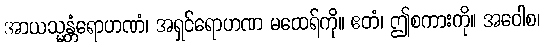
အာယသ္မန္တံရောဟဏံ၊ အရှင်ရောဟဏ မထေရ်ကို။ ဧတံ၊ ဤစကားကို။ အဝေါစ၊